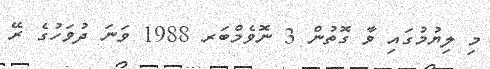
މި ލިޔުމުގައި ވާ ގޮތުން 3 ނޮވެމްބަރ 1988 ވަނަ ދުވަހުގެ ރޭ